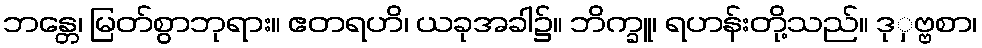
ဘန္တေ၊ မြတ်စွာဘုရား။ ဧတရဟိ၊ ယခုအခါ၌။ ဘိက္ခူ၊ ရဟန်းတို့သည်။ ဒုှဗ္ဗစာ၊